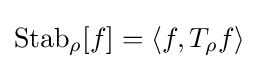
\operatorname {Stab} _{\rho }[f]=\langle f,T_{\rho }f\rangle